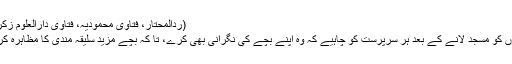
(ردالمحتار، فتاویٰ محمودیہ، فتاویٰ دارالعلوم زکریا)
بچوں کو مسجد لانے کے بعد ہر سرپرست کو چاہیے کہ وہ اپنے بچے کی نگرانی بھی کرے، تا کہ بچے مزید سلیقہ مندی کا مظاہرہ کریں۔